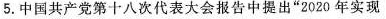
5.中国共产党第十八次代表大会报告中提出”2020年实现